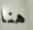
هنا